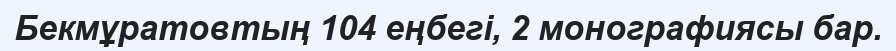
Бекмұратовтың 104 еңбегі, 2 монографиясы бар.